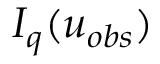
I _ { q } ( u _ { o b s } )